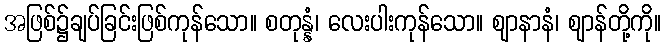
အဖြစ်၌ချပ်ခြင်းဖြစ်ကုန်သော။ စတုန္နံ၊ လေးပါးကုန်သော။ ဈာနာနံ၊ ဈာန်တို့ကို။